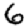
Digit: 6